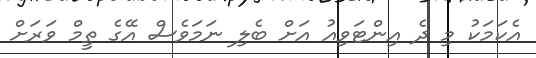
އެކަމަކު މި ދެ އިންޓަވިއު އަށް ބެލި ނަމަވެސް އޭގެ ތީމް ވަރަށް